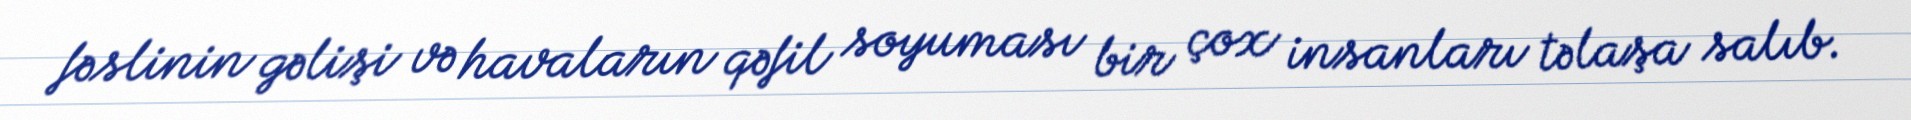
fəslinin gəlişi və havaların qəfil soyuması bir çox insanları təlaşa salıb.